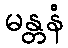
မန္တနံ